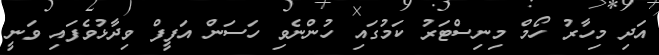
އަދި މިހާރު ހޯމް މިނިސްޓަރު ކަމުގައި ހުންނެވި ހަސަން އަފީފް ވިދާޅުވެފައި ވަނީ